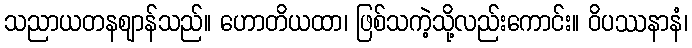
သညာယတနဈာန်သည်။ ဟောတိယထာ၊ ဖြစ်သကဲ့သို့လည်းကောင်း။ ဝိပဿနာနံ၊